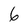
Character: 6